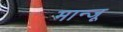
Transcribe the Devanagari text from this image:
मान्जू